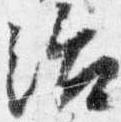
治